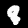
Label: 8